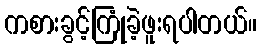
ကစားခွင့်ကြုံခဲ့ဖူးရပါတယ်။